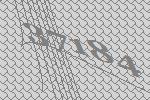
37184